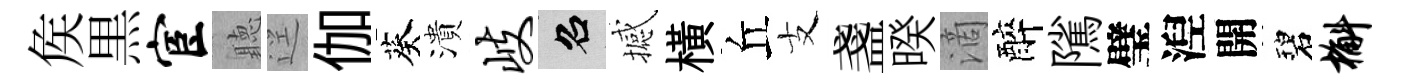
矦黒宦聽逕伽葵潰岐召撼橫丘支盞暌滴醉隲璧湼開碧槲